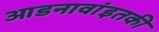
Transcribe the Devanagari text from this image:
आडनावांइतकी